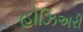
હોઝિઅરી